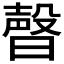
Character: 𣍆